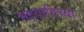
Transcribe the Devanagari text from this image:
भट्वाडिच्या